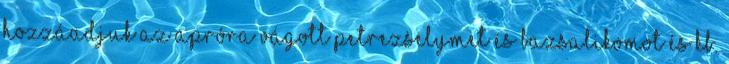
hozzáadjuk az apróra vágott petrezselymet és bazsalikomot és kb.